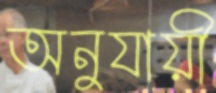
অনুযায়ী